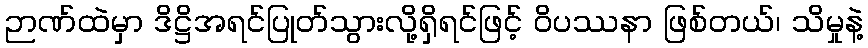
ဉာဏ်ထဲမှာ ဒိဋ္ဌိအရင်ပြုတ်သွားလို့ရှိရင်ဖြင့် ဝိပဿနာ ဖြစ်တယ်၊ သိမှုနဲ့